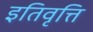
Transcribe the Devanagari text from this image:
इतिवृत्ति